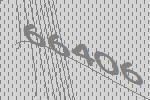
66406